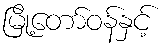
မြို့တော်ဝန်နှင့်